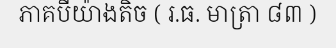
ភាគបីយ៉ាងតិច ( រ.ធ. មាត្រា ៨៣ )